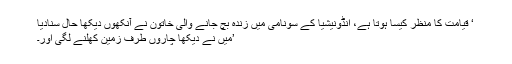
‘ قیامت کا منظر کیسا ہوتا ہے، انڈونیشیا کے سونامی میں زندہ بچ جانے والی خاتون نے آنکھوں دیکھا حال سنادیا
’میں نے دیکھا چاروں طرف زمین کھلنے لگی اور۔